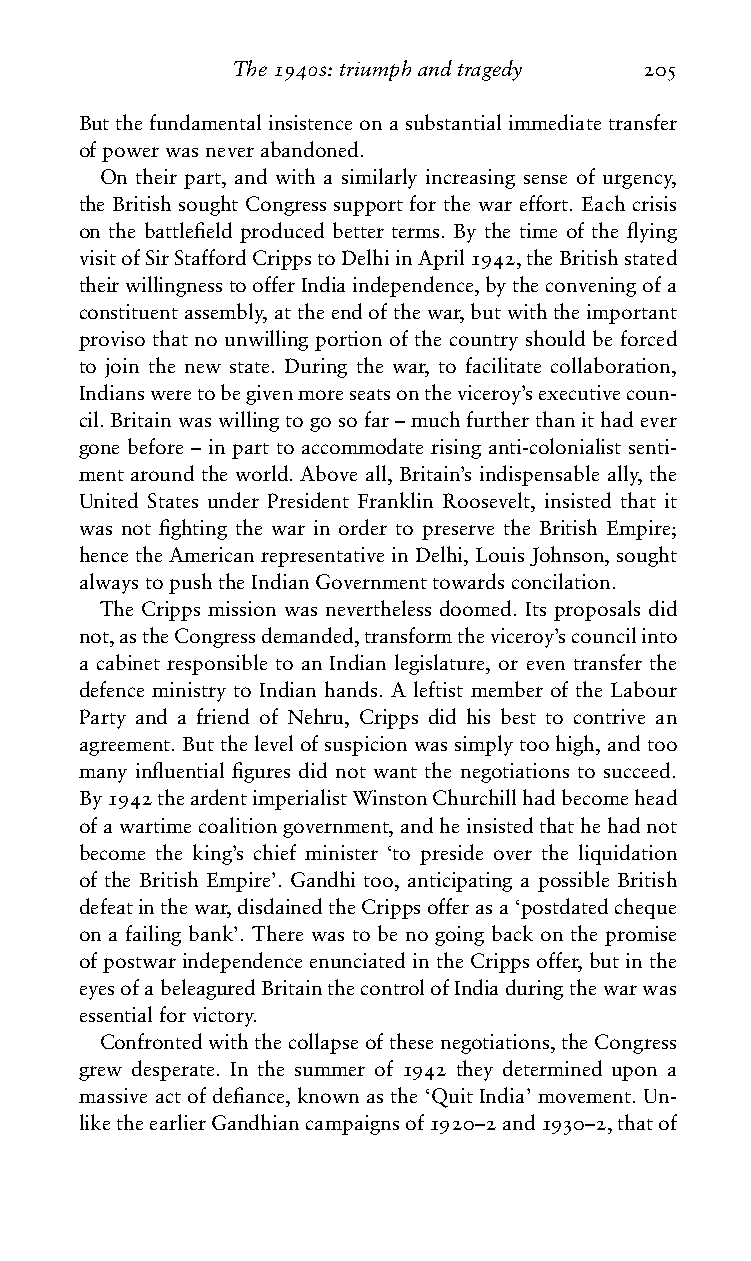
The1940s:triumphandtragedy 205
 Butthefundamentalinsistenceonasubstantialimmediatetransfer
 ofpowerwasneverabandoned.
 On their part, and with a similarly increasing sense of urgency,
 the British sought Congress support for the war effort. Each crisis
 on the battlefield produced better terms. By the time of the flying
 visitofSirStaffordCrippstoDelhiinApril1942,theBritishstated
 theirwillingnesstoofferIndiaindependence,bytheconveningofa
 constituentassembly,attheendofthewar,butwiththeimportant
 proviso that no unwilling portion of the country should be forced
 to join the new state. During the war, to facilitate collaboration,
 Indiansweretobegivenmoreseatsontheviceroy’sexecutivecoun-
 cil.Britainwaswillingtogosofar–muchfurtherthanithadever
 gone before – in part to accommodate rising anti-colonialist senti-
 ment around the world. Above all, Britain’s indispensable ally, the
 United States under President Franklin Roosevelt, insisted that it
 was not fighting the war in order to preserve the British Empire;
 hencetheAmericanrepresentativeinDelhi,LouisJohnson,sought
 alwaystopushtheIndianGovernmenttowardsconcilation.
 The Cripps mission was nevertheless doomed. Its proposals did
 not,astheCongressdemanded,transformtheviceroy’scouncilinto
 a cabinet responsible to an Indian legislature, or even transfer the
 defence ministry to Indian hands. A leftist member of the Labour
 Party and a friend of Nehru, Cripps did his best to contrive an
 agreement.Butthelevelofsuspicionwassimplytoohigh,andtoo
 many influential figures did not want the negotiations to succeed.
 By1942theardentimperialistWinstonChurchillhadbecomehead
 ofawartimecoalitiongovernment,andheinsistedthathehadnot
 become the king’s chief minister ‘to preside over the liquidation
 of the British Empire’. Gandhi too, anticipating a possible British
 defeatinthewar,disdainedtheCrippsofferasa‘postdatedcheque
 on a failing bank’. There was to be no going back on the promise
 of postwar independence enunciated in the Cripps offer, but in the
 eyesofabeleaguredBritainthecontrolofIndiaduringthewarwas
 essentialforvictory.
 Confrontedwiththecollapseofthesenegotiations,theCongress
 grew desperate. In the summer of 1942 they determined upon a
 massive act of defiance, known as the ‘Quit India’ movement. Un-
 liketheearlierGandhiancampaignsof1920–2and1930–2,thatof